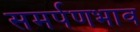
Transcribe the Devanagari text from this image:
समर्पणभाव